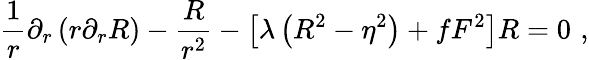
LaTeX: \frac 1r\partial_{r}\left(r\partial_{r}R\right)-\frac R{r^{2}}-\left[\lambda\left(R^{2}-\eta^{2}\right)+fF^{2}\right]R=0\, \, ,